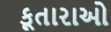
કૂતારાઓ